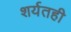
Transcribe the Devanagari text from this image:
शर्यतही